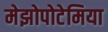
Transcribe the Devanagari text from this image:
मेझोपोटेमिया